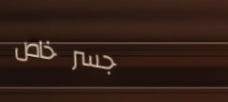
جسر خاص